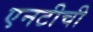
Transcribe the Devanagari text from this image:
एनटीची